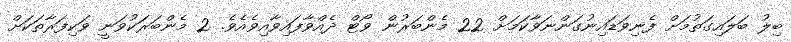
ބިލު ބަލައިގަތުމަށް ފެނިވަޑައިނުގަންނަވާކަމަށް 22 މެންބަރުން ވޯޓް ދެއްވާފައިވާއިވެއެވެ. 2 މެންބަރަކުވަނީ ވަކިފަރާތަކަށް